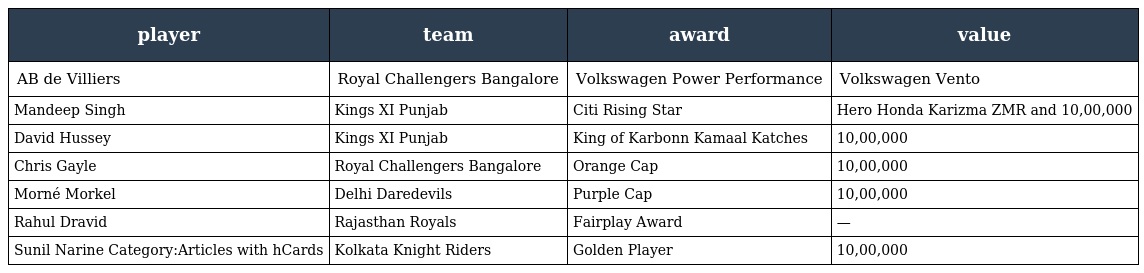
| player | team | award | value |
 | --- | --- | --- | --- |
 | AB de Villiers | Royal Challengers Bangalore | Volkswagen Power Performance | Volkswagen Vento |
 | Mandeep Singh | Kings XI Punjab | Citi Rising Star | Hero Honda Karizma ZMR and 10,00,000 |
 | David Hussey | Kings XI Punjab | King of Karbonn Kamaal Katches | 10,00,000 |
 | Chris Gayle | Royal Challengers Bangalore | Orange Cap | 10,00,000 |
 | Morné Morkel | Delhi Daredevils | Purple Cap | 10,00,000 |
 | Rahul Dravid | Rajasthan Royals | Fairplay Award | — |
 | Sunil Narine Category:Articles with hCards | Kolkata Knight Riders | Golden Player | 10,00,000 |